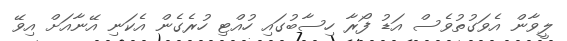
ލީވާން އެވަގުތުވެސް އަޑު ފޯރާ ހިސާބުގައި ހުއްޓި ހުރެގެން އެކަނި އޭނާއަށް އިވޭ